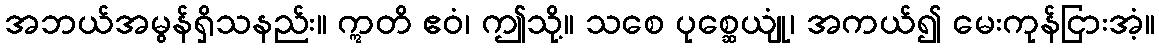
အဘယ်အမွန်ရှိသနည်း။ ဣတိ ဧဝံ၊ ဤသို့။ သစေ ပုစ္ဆေယျုံ၊ အကယ်၍ မေးကုန်ငြားအံ့။